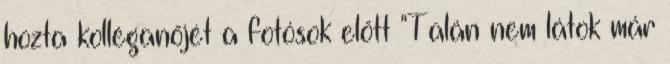
hozta kolléganőjét a fotósok előtt "Talán nem látok már